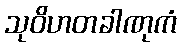
သုဝိဟတခါဏုကံ